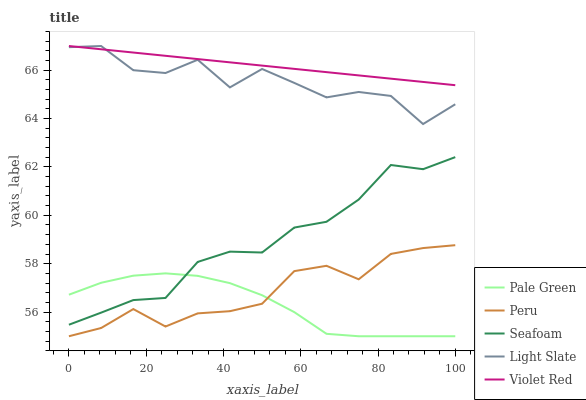
| xaxis_label | Pale Green | Peru | Seafoam | Light Slate | Violet Red |
 | --- | --- | --- | --- | --- | --- |
 | 0 | 56.7 | 55 | 55.5 | 67 | 67 |
 | 8.33 | 57.2 | 55.3 | 56 | 67 | 66.9 |
 | 16.7 | 57.5 | 56.1 | 56.5 | 66 | 66.7 |
 | 25 | 57.6 | 55.4 | 56.6 | 65.9 | 66.6 |
 | 33.3 | 57.5 | 55.9 | 58.1 | 66.4 | 66.5 |
 | 41.7 | 57.2 | 56 | 58.5 | 65.3 | 66.3 |
 | 50 | 56.7 | 56.3 | 58.5 | 66.1 | 66.2 |
 | 58.3 | 56 | 57.7 | 59.5 | 65.5 | 66.1 |
 | 66.7 | 55.1 | 57.9 | 59.7 | 64.9 | 65.9 |
 | 75 | 55 | 57.4 | 60.7 | 65.1 | 65.8 |
 | 83.3 | 55 | 58.4 | 62.1 | 64.9 | 65.7 |
 | 91.7 | 55 | 58.6 | 61.9 | 63.8 | 65.5 |
 | 100 | 55 | 58.8 | 62.4 | 64.6 | 65.4 |